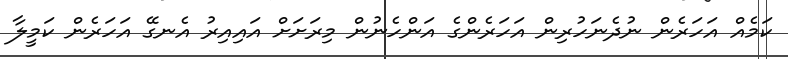
ކަމެއް އަހަރެން ނުދެނަހުރިން އަހަރެންގެ އަންހެނުން މިރަށަށް އައިއިރު އެނގޭ އަހަރެން ކަމީލާ